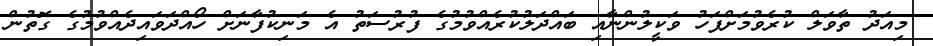
މިއަދު ތާވަލް ކުރެވުމަށްފަހު ވަކީލުންނާއި ބައްދަލުކުރެއްވުމުގެ ފުރުސަތު އެ މަނިކުފާނަށް ހޯއްދަވައިދެއްވުމުގެ ގޮތުން